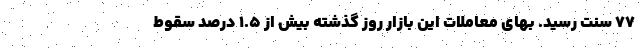
۷۷ سنت رسید. بهای معاملات این بازار روز گذشته بیش از ۱.۵ درصد سقوط